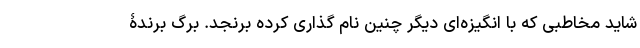
شاید مخاطبی که با انگیزه‌ای دیگر چنین نام گذاری کرده برنجد. برگ برندۀ